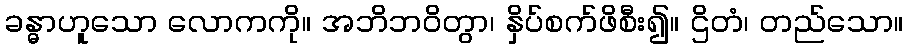
ခန္ဓာဟူသော လောကကို။ အဘိဘဝိတွာ၊ နှိပ်စက်ဖိစီး၍။ ဌိတံ၊ တည်သော။